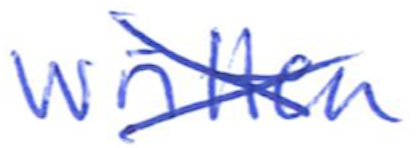
Text: written
Cross-out: cross
Writing tool: ballpoint